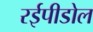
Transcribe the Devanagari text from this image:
रईपीडोल